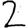
Digit: 2